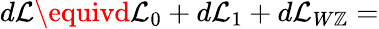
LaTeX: d{\cal{L}}\equivd{\cal{L}}_{0}+d{\cal{L}}_{1}+d{\cal{L}}_{W\mathbb{Z}}=